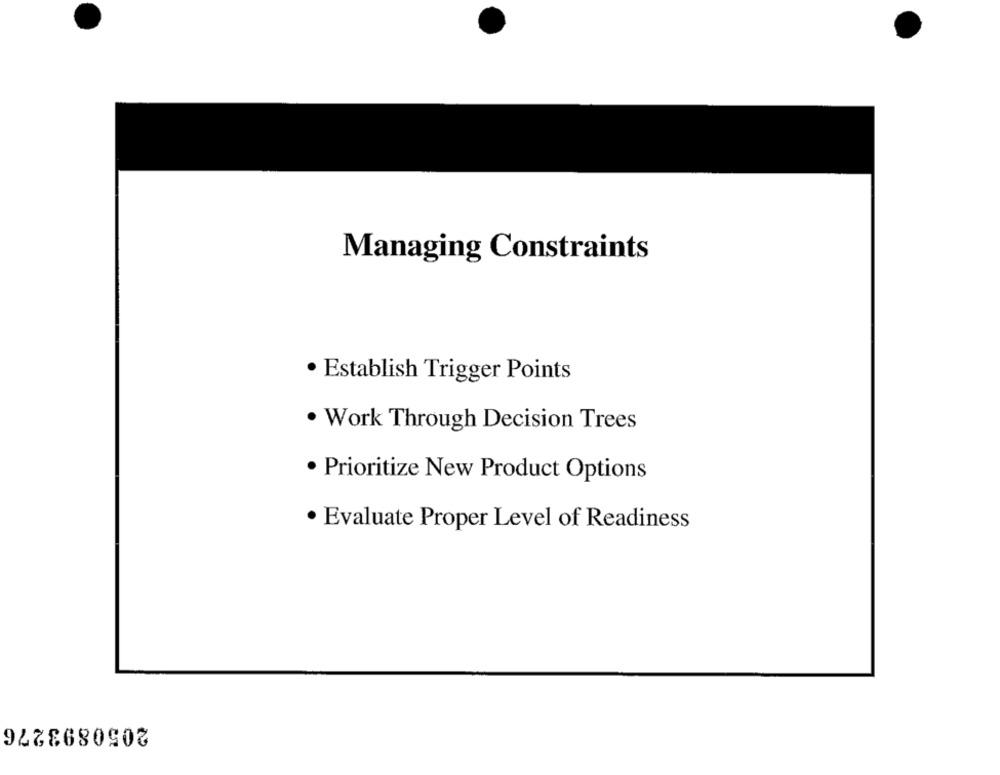
Managing Constraints
· Establish Trigger Points
. Work Through Decision Trees
· Prioritize New Product Options
· Evaluate Proper Level of Readiness
2050893276